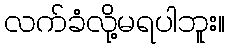
လက်ခံလို့မရပါဘူး။